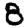
Digit: 8